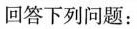
回答下列问题：